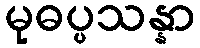
မုဓပ္ပသန္နာ